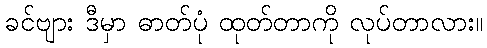
ခင်ဗျား ဒီမှာ ဓာတ်ပုံ ထုတ်တာကို လုပ်တာလား။